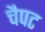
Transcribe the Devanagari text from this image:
चैपट